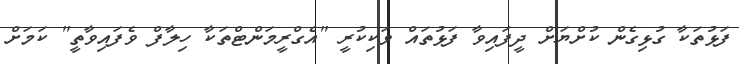
ފަޅުތަކާ ގުޅިގެން ކުށްޔަށް ދީފައިވާ ފަޅުތައް ވަކިކުރީ "އެގްރީމަންޓްތަކާ ހިލާފް ވެފައިވާތީ" ކަމަށް